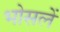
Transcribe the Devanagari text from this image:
भोसलें